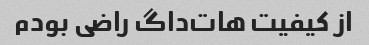
از کیفیت هات‌داگ راضی بودم